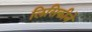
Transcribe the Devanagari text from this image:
लिसिकीने